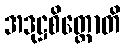
အဒုဋ္ဌစိတ္တောတိ